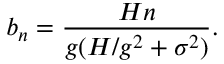
b _ { n } = \frac { H n } { g ( H / g ^ { 2 } + \sigma ^ { 2 } ) } .